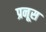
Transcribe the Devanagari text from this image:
प्रनूस